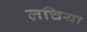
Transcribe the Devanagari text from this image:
लचिया